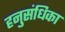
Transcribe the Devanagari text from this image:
हनुसंधिका